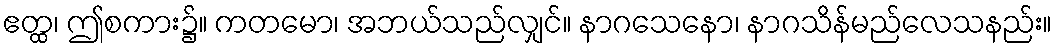
ဧတ္ထ၊ ဤစကား၌။ ကတမော၊ အဘယ်သည်လျှင်။ နာဂသေနော၊ နာဂသိန်မည်လေသနည်း။